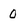
Character: 0